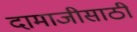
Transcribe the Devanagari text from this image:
दामाजीसाठी